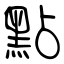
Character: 點